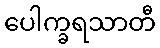
ပေါက္ခရသာတီ